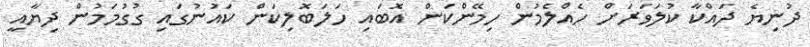
ދުނިޔެ ދައްކާ ކުލަވަރަށް ހެއްލެމުން ހިމޭންކަން އޮބައި ހަލަބޮލިކަން ކައުނުގައި ގުގުމަމުން ދިޔާއީ